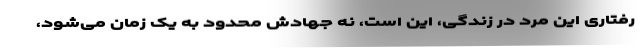
رفتاری این مرد در زندگی، این است، نه جهادش محدود به یک زمان می‌شود،